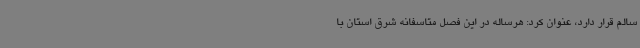
سالم قرار دارد، عنوان کرد: هرساله در این فصل متاسفانه شرق استان با